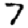
Digit: 7